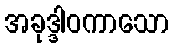
အခုဒ္ဒါဝကာသော